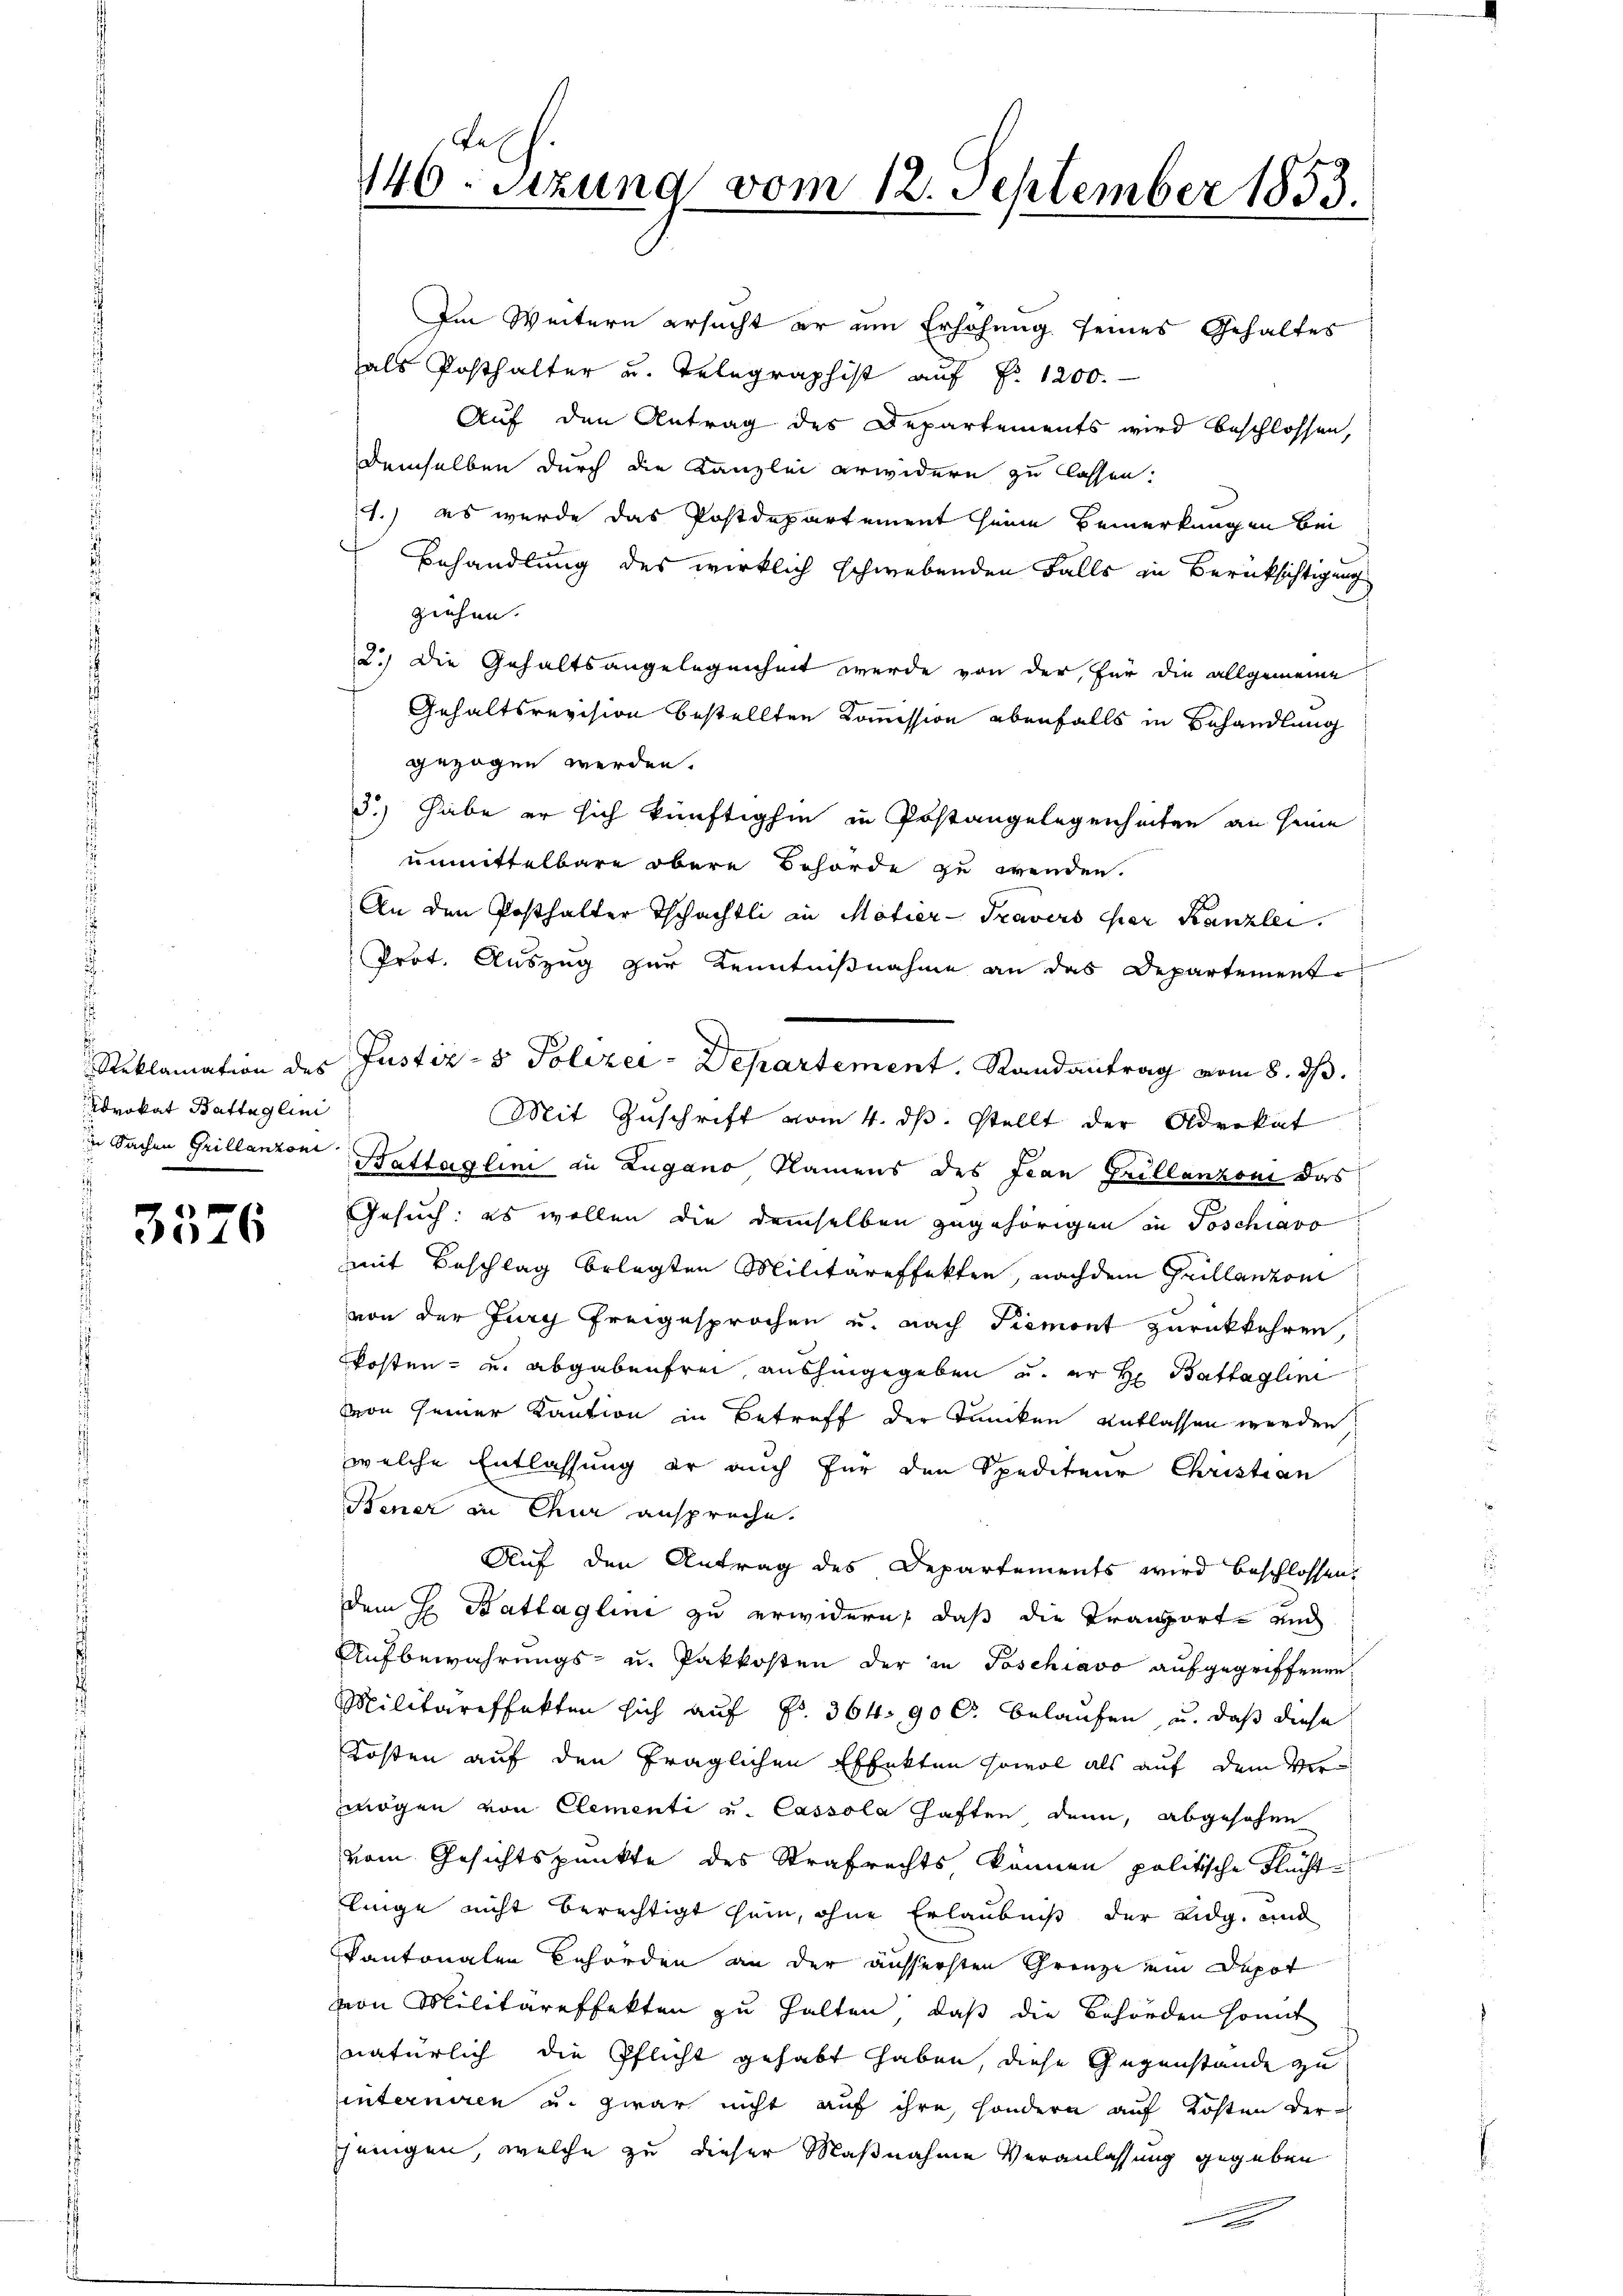
Advokat Battaglini
G

3576

140. Setzung vom 12. September 1833.

Im Weitern ersucht er um Erhöhung seines Gehaltes
als Posthalter u. Telegraphist auf Fr. 1200.
Auf den Antrag des Departements wird beschlossen,
demselben durch die Kanzlei erwidern zu lassen:
1.) es wurde das Postdepartement seine Bemerkungen bei
Behandlung des wirklich schwebenden Falls in Berücksichtigung
ziehen.
2.) Die Gehaltsangelegenheit werde von der, für die allgemeine
Gehaltsrevision bestellten Kommission ebenfalls in Behandlung
gezogen werden.
3.) habe er sich künftighin in Postangelegenheiten an seine
unmittelbare obere Behörde zu wenden.
An den Posthalter Tschächtli in Motier-Travers eher Kanzlei.
Prot. Auszug zur Kenntnißnahme an das Departement
Mit Zuschrift vom 4. dβ. stellt der Advokat
in Sachen Grillanzoni Battaglini in Zugano Namens des Jean Grillanzoni das
Gesuch: es wollen die demselben zugehörigen in Poschiavo,
mit Beschlag belegten Militäreffekten, nachdem Grillanzon
von der Jury freigesprochen u. nach Piemont zurückkehren,
Posten- und abgabenfrei, aushingegeben u. er H. Battaglini
von seiner Kaution in Betreff der Tuncken entlassen werden.
welche Entlassung er auch für den Spediteur Christian
Bener in Chur anspreche.
Auf den Antrag des Departements wird beschlossen:
dem H. Battaglini zu erwidern, daß die Transporte und
Aufbewahrungs- u. Pakkosten der in Poschiavo aufgegriffenen
Militäreffekten sich auf Fr. 364. 900. belaufen, u. daß diese
Kosten auf den fraglichen Effekten sowol als auf dem Vermögen von Elementi u. Cassola haften denn, abgesehen
vom Gesichtspunkte des Strafrechts, können politische Fluchtlinge nicht berechtigt sein, ohne Erlaubniß der Eidg. und
kantonalen Behörden an der äussersten Grenze ein Depot
von Militäreffekten zu halten, daß die Behörden somit
natürlich die Pflicht gehabt haben, diese Gegenstände zu
interniren u. zwar nicht auf ihre, sondern auf Kosten der
jenigen, welche zu dieser Maßnahme Veranlassung gegeben
 x

Reklamation des Justiz- & Polizei-Departement. Randantrag vom 8. ds.